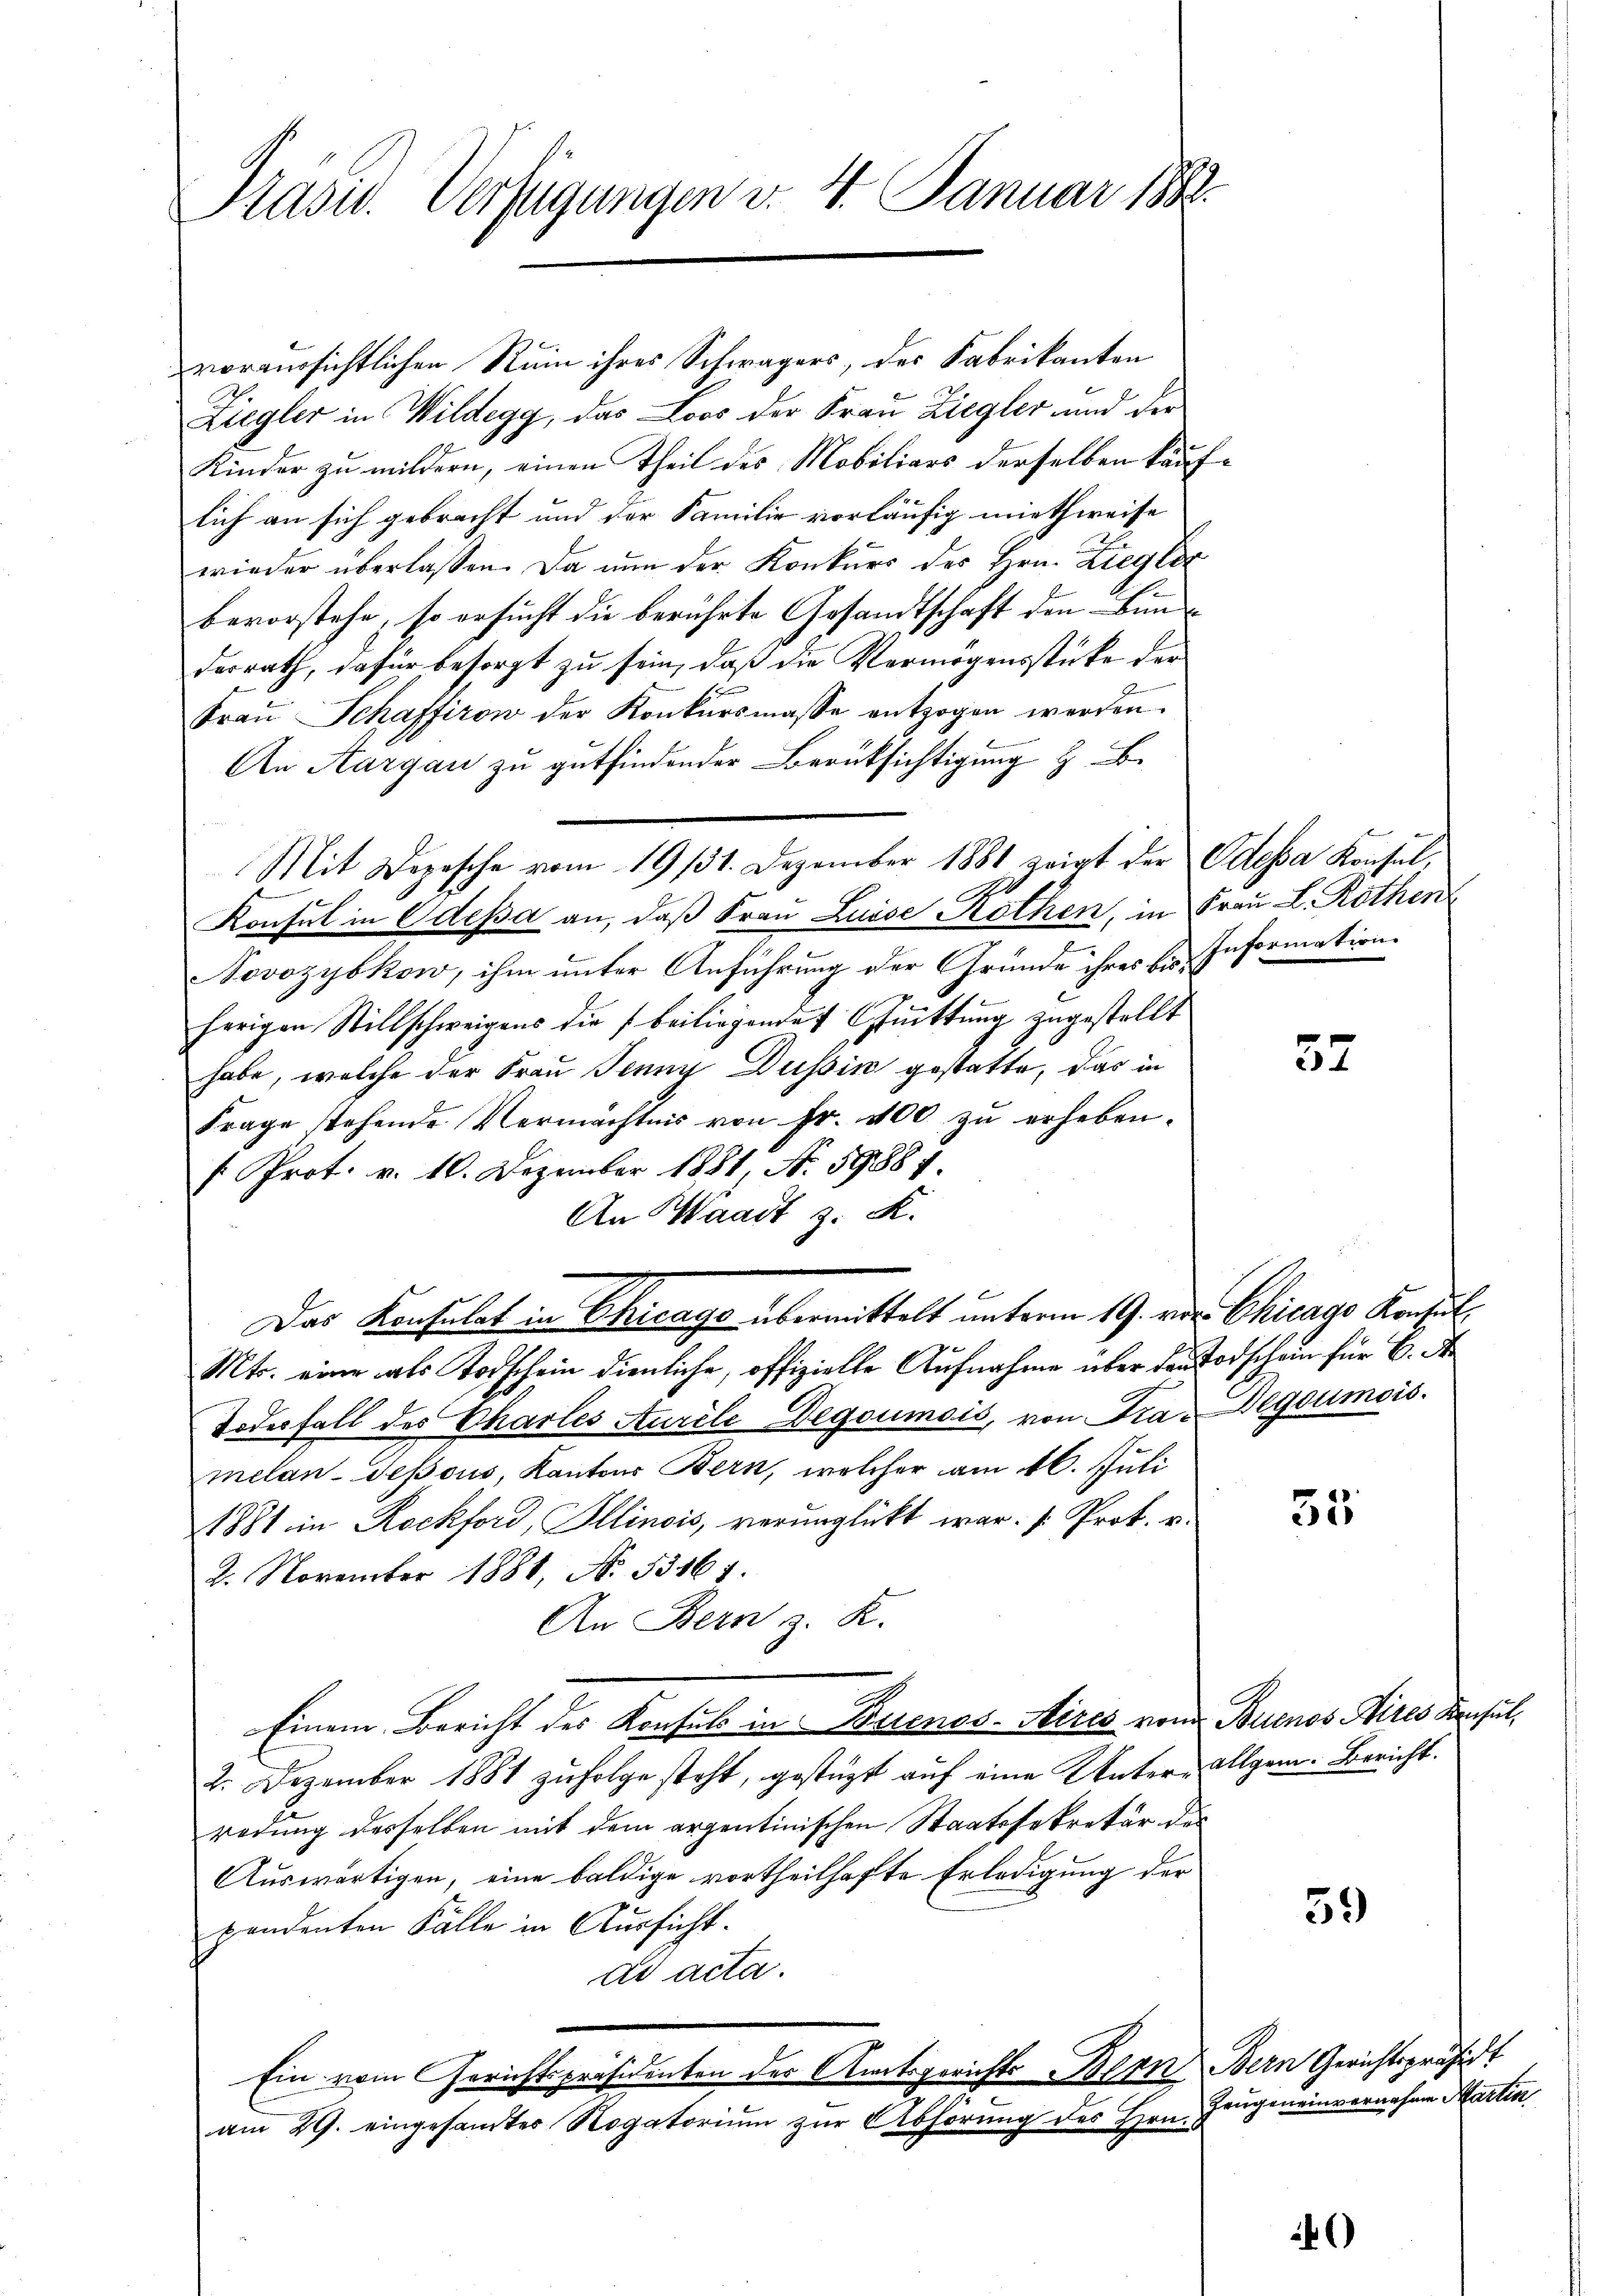
Präsid. Verfügungen d. 4. Januar 1888.

voraussichtlichen Ruin ihres Schwagers, des Fabrikanten
Ziegler in Wildegg, das Loos der Frau Ziegler und der
Kinder zu mildern, einen Theil des Mobiliars derselben kauflich an sich gebracht und der Familie vorläufig miethweise
wieder überlassen. Da nun der Konkurs des Hrn. Zieglic
bevorstehe, so ersucht die berührte Gesandtschaft den Bun
desrath, dafür besorgt zu sein, daß die Vermögensstücke der
Fraŭ Schafferow der Konkŭrsmasse entzogen werden.
An Aargau zu gutfindender Berüksichtigung z. B.
Mit Depesche vom 19. 131. Dezember 1881 zeigt der Odessa Konsul,
Konsul in Odessa an, daß Frau Luise Rothen, in Frau L. Rothen
Novozyokow, ihm unter Anführung der Gründe ihres bis Information
herigen Stillschweigens die beiliegende fuittung zugestellt
habe, welche der Frau Jenny Dussin gestatte, das in
Frage stehende Vermächtnis von Fr. 400 zŭ erheben.
/. Prot. v. 10. Dezember 1881, No. 59887.
An Waadt z. K.
Das Konsulat in Chicago übermittelt unterm 19. v. Chicago Konsul¬
.
Mts. eine als Todschein dienliche, offizielle Aufnahme über den Todschein für 6. A
Todesfall des Chartes Aurele Degoumois, von Tra-Degoumois.
melan-Tessous, Kantons Bern, welcher am 16. Juli
1881 in Rockford, Illinois, verunglückt war. Prok. v.
2. November 1881, No. 53161.
An Bern z. R.
Einem Bericht des Konsuls in Buenos-Aires von Buenos Aires Konsul¬
2. Dezember 1881 zufolge steht, gestüzt auf eine Unter-Allgem. Bericht.
redung desselben mit dem argentinischen Staatssekretär der
Auswärtigen, eine baldige vortheilhafte Erledigung der
pendenten Fälle in Aussicht.
ad acta.
Ein vom Gerichtspräsidenten der Amtsgerichts Bern Bern Gerichtspräsidt
am 29. eingesamtes Rogatorium zur Abhörung des Hrn.

32

55

59

)

Zeugeneinvernehmen Martin